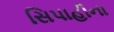
સિપાહીના